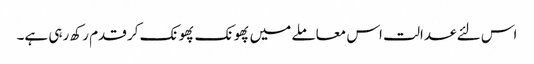
اس لئے عدالت اس معاملے میں پھونک پھونک کر قدم رکھ رہی ہے۔